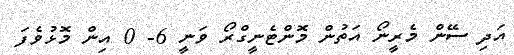
އަދި ސޭން މެރީނޯ އަތުން މޮންޓެނީގްރޯ ވަނީ 6- 0 އިން މޮޅުވެފަ